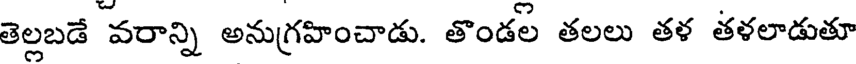
తెల్లబడే వరాన్ని అనుగ్రహించాడు. తొండల తలలు తళ తళలాడుతూ